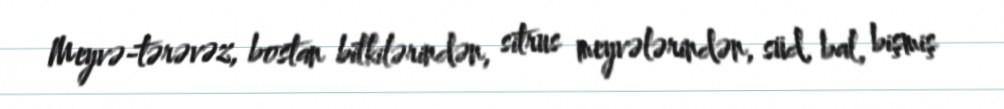
Meyvə-tərəvəz, bostan bitkilərindən, sitrus meyvələrindən, süd, bal, bişmiş